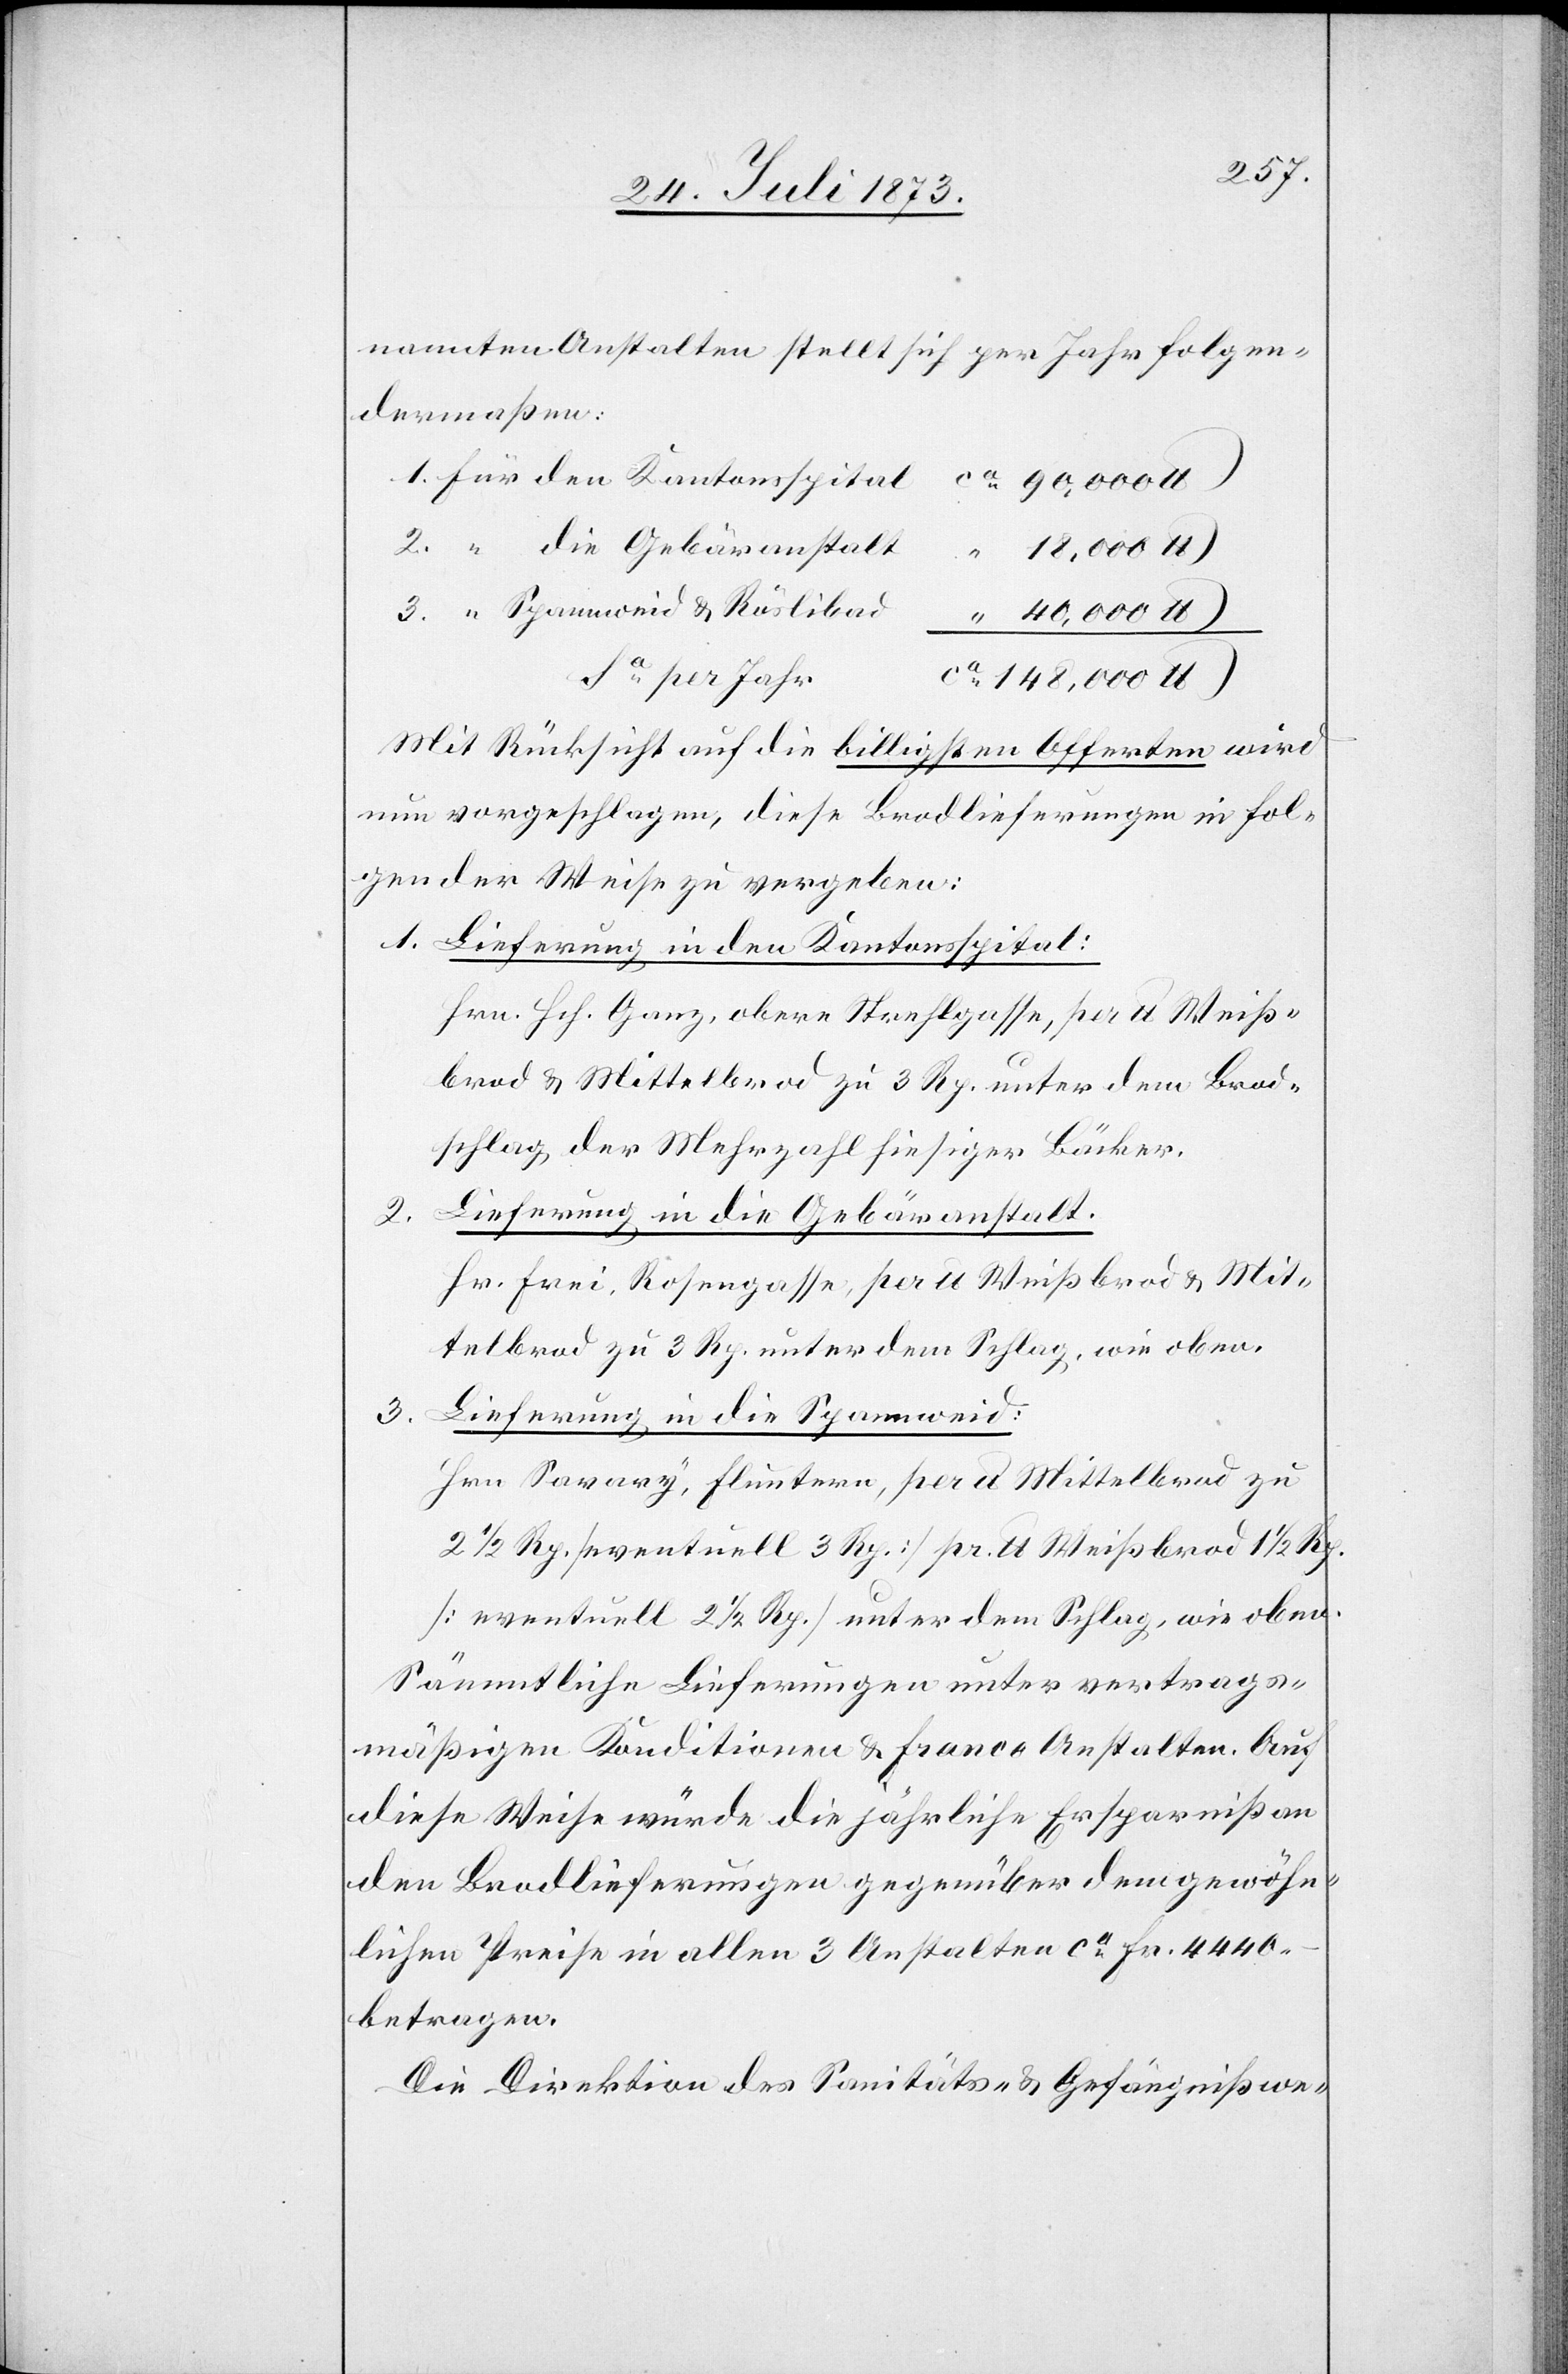
nannten Anstalten stellt sich per Jahr folgen¬
dermaßen:
2.
“
“
40,000 lb
Sa per Jahr
148,000 lb
Mit Rücksicht auf die billigsten Offerten wird
nun vorgeschlagen, diese Brodlieferungen in fol¬
gender Weise zu vergeben:
1. Lieferung in den Kantonsspital:
Hrn. Hch. Ganz, obere Strehlgasse, per lb Weiß¬
brod & Mittelbrod zu 3 Rp. unter dem Brod¬
schlag der Mehrzahl hiesiger Bäcker.
Lieferung in die Gebäranstalt.
Hr. Frei, Rosengasse, per lb Weißbrod & Mit¬
telbrod zu 3 Rp. unter dem Schlag, wie oben.
3.
Lieferung in die Spannweid:
Hrn. Savary, Fluntern, per lb Mittelbrod zu
2 1/2 Rp. [eventuell 3 Rp.] pr. lb Weißbrod 1 1/2 Rp.
[eventuell 2 1/2 Rp.] unter dem Schlag, wie oben.
Sämmtliche Lieferungen unter vertrags¬
mäßigen Konditionen & Franco Anstalten. Auf
diese Weise würde die jährliche Ersparniß an
den Brodlieferungen gegenüber dem gewöhn¬
lichen Preise in allen 3 Anstalten ca Fr. 4 440 –
betragen.
Die Direktion des Sanitäts- & Gefängnißwe-